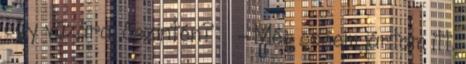
egy vázára, őszintén? - Még sosem jártam itt.